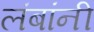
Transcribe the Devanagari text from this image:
लंबांनी